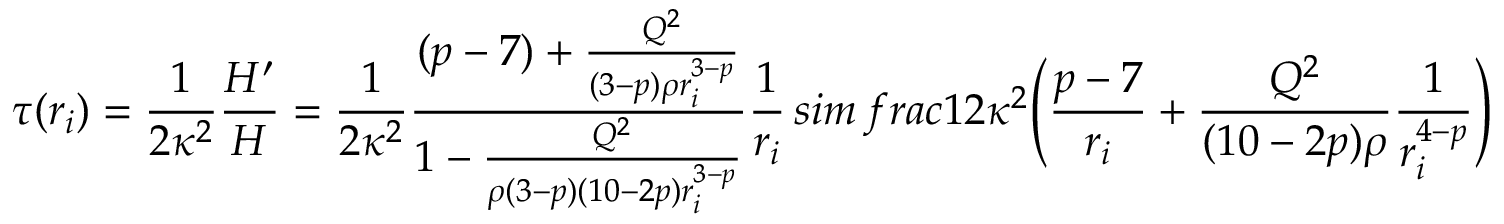
\tau ( r _ { i } ) = \frac { 1 } { 2 \kappa ^ { 2 } } \frac { H ^ { \prime } } { H } = \frac { 1 } { 2 \kappa ^ { 2 } } \frac { ( p - 7 ) + \frac { Q ^ { 2 } } { ( 3 - p ) \rho r _ { i } ^ { 3 - p } } } { 1 - \frac { Q ^ { 2 } } { \rho ( 3 - p ) ( 1 0 - 2 p ) r _ { i } ^ { 3 - p } } } \frac { 1 } { r _ { i } } \, s i m \, f r a c { 1 } { 2 \kappa ^ { 2 } } \Bigg ( \frac { p - 7 } { r _ { i } } + \frac { Q ^ { 2 } } { ( 1 0 - 2 p ) \rho } \frac { 1 } { r _ { i } ^ { 4 - p } } \Bigg )